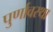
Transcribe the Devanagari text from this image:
पुर्णावस्था